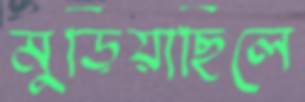
মুড়িয়াছিলে